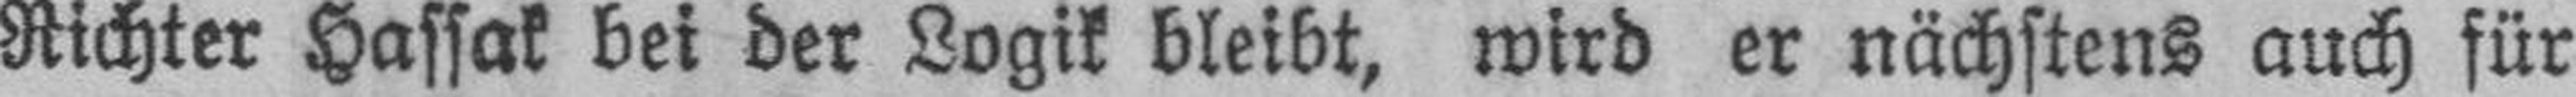
Richter Hassak bei der Logik bleibt, wird er nächstens auch für